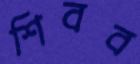
শিবব